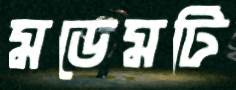
মডেমটি